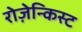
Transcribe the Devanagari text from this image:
रोज़ेन्किस्ट